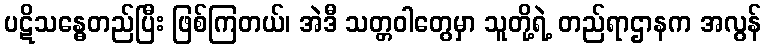
ပဋိသန္ဓေတည်ပြီး ဖြစ်ကြတယ်၊ အဲဒီ သတ္တဝါတွေမှာ သူတို့ရဲ့ တည်ရာဌာနက အလွန်